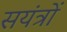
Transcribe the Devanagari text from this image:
सयंत्रों